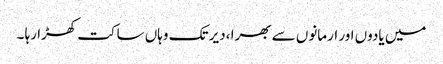
میں یادوں اور ارمانوں سے بھرا ،دیر تک وہاں ساکت کھڑا رہا ۔